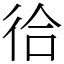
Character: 㣛